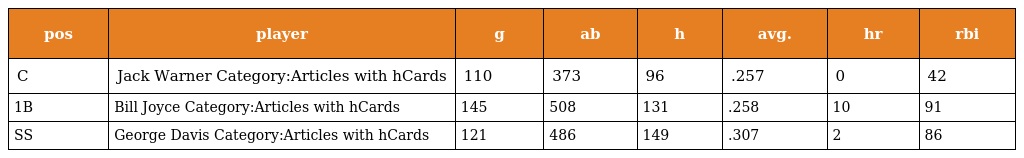
| pos | player | g | ab | h | avg. | hr | rbi |
 | --- | --- | --- | --- | --- | --- | --- | --- |
 | C | Jack Warner Category:Articles with hCards | 110 | 373 | 96 | .257 | 0 | 42 |
 | 1B | Bill Joyce Category:Articles with hCards | 145 | 508 | 131 | .258 | 10 | 91 |
 | SS | George Davis Category:Articles with hCards | 121 | 486 | 149 | .307 | 2 | 86 |